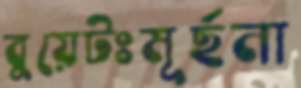
বুয়েটঃমূর্ছনা